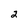
Character: 2